Civil Veterinary Department Bengal reports 1923-33 - 1923-1933
Year: 1923
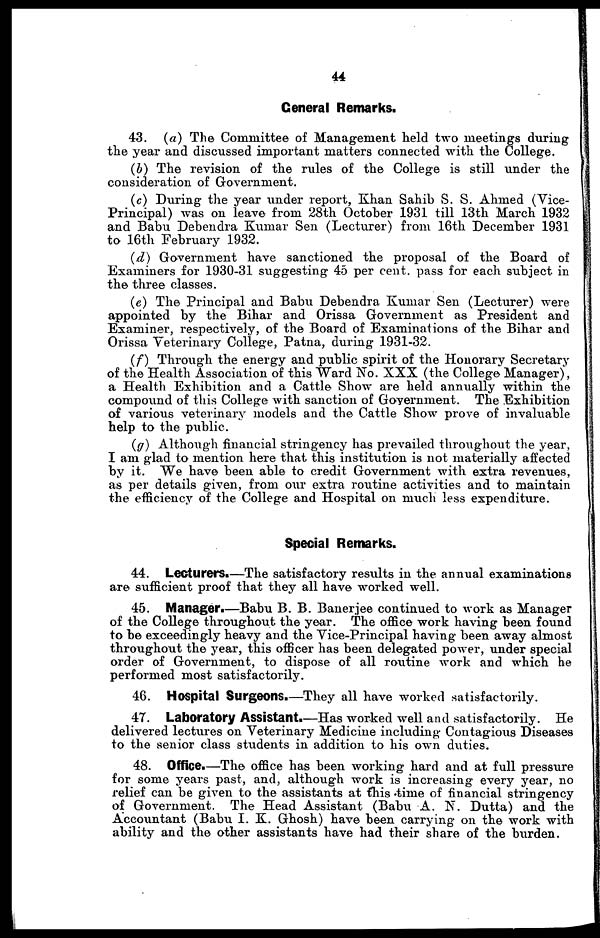
44
General Remarks.
43. (a) The Committee of Management held two meetings during
the year and discussed important matters connected with the College.
(b) The revision of the rules of the College is still under the
consideration of Government.
(c) During the year under report, Khan Sahib S. S. Ahmed (Vice-
Principal) was on leave from 28th October 1931 till 13th March 1932
and Babu Debendra Kumar Sen (Lecturer) from 16th December 1931
to 16th February 1932.
(d) Government have sanctioned the proposal of the Board of
Examiners for 1930-31 suggesting 45 per cent. pass for each subject in
the three classes.
(e) The Principal and Babu Debendra Kumar Sen (Lecturer) were
appointed by the Bihar and Orissa Government as President and
Examiner, respectively, of the Board of Examinations of the Bihar and
Orissa Veterinary College, Patna, during 1931-32.
(f) Through the energy and public spirit of the Honorary Secretary
of the Health Association of this Ward No. XXX (the College Manager),
a Health Exhibition and a Cattle Show are held annually within the
compound of this College with sanction of Government. The Exhibition
of various veterinary models and the Cattle Show prove of invaluable
help to the public.
(g) Although financial stringency has prevailed throughout the year,
I am glad to mention here that this institution is not materially affected
by it. We have been able to credit Government with extra revenues,
as per details given, from our extra routine activities and to maintain
the efficiency of the College and Hospital on much less expenditure.
Special Remarks.
44. Lecturers.—The satisfactory results in the annual examinations
are sufficient proof that they all have worked well.
45. Manager.—Babu B. B. Banerjee continued to work as Manager
of the College throughout the year. The office work having been found
to be exceedingly heavy and the Vice-Principal having been away almost
throughout the year, this officer has been delegated power, under special
order of Government, to dispose of all routine work and which he
performed most satisfactorily.
46. Hospital Surgeons.—They all have worked satisfactorily.
47. Laboratory Assistant.—Has worked well and satisfactorily. He
delivered lectures on Veterinary Medicine including Contagious Diseases
to the senior class students in addition to his own duties.
48. Office.—The office has been working hard and at full pressure
for some years past, and, although work is increasing every year, no
relief can be given to the assistants at this time of financial stringency
of Government. The Head Assistant (Babu A. N. Dutta) and the
Accountant (Babu I. K. Ghosh) have been carrying on the work with
ability and the other assistants have had their share of the burden.